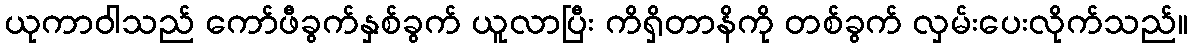
ယုကာဝါသည် ကော်ဖီခွက်နှစ်ခွက် ယူလာပြီး ကိရှိတာနိကို တစ်ခွက် လှမ်းပေးလိုက်သည်။